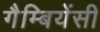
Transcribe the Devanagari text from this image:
गैम्बियेंसी